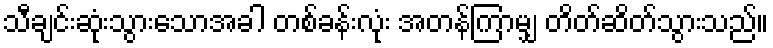
သီချင်းဆုံးသွားသောအခါ တစ်ခန်းလုံး အတန်ကြာမျှ တိတ်ဆိတ်သွားသည်။